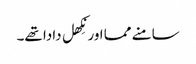
سامنے مما اور نِکھل دادا تھے۔